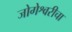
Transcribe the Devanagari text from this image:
जोगेश्वरीचा